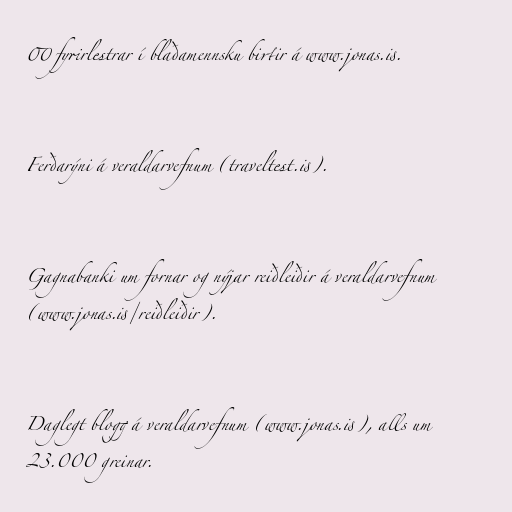
00 fyrirlestrar í blaðamennsku birtir á www.jonas.is.

Ferðarýni á veraldarvefnum (traveltest.is).

Gagnabanki um fornar og nýjar reiðleiðir á veraldarvefnum
(www.jonas.is/reiðleiðir).

Daglegt blogg á veraldarvefnum (www.jonas.is), alls um
23.000 greinar.